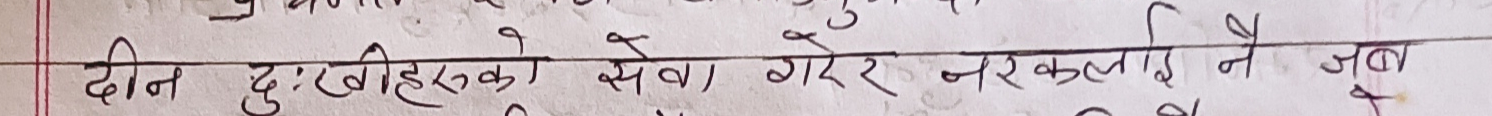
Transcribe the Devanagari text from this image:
दीन दुःखीहरुको सेवा गरेर नरकलाई नै जब